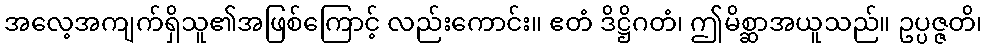
အလေ့အကျက်ရှိသူ၏အဖြစ်ကြောင့် လည်းကောင်း။ ဧတံ ဒိဋ္ဌိဂတံ၊ ဤမိစ္ဆာအယူသည်။ ဥပ္ပဇ္ဇတိ၊